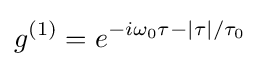
g^{(1)}=e^{-i\omega _{0}\tau -|\tau |/\tau _{0}}